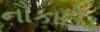
નૌકાદોડ